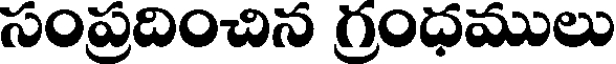
సంప్రదించిన గ్రంధములు